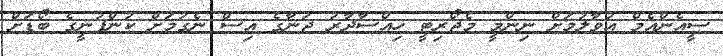
ސީއެންއެމް އުވާލުމަށް ނިންމީ މެޖޯރިޓީ ހިއްސާދާރު ޖަނާގެ އިސް ނެގުމަށް ކުންފުނީގެ ބޯޑަށް